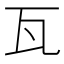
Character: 瓦